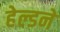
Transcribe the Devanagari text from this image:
हेल्डने